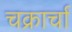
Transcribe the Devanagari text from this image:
चक्रार्चा